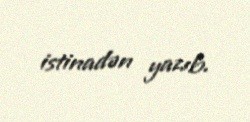
istinadən yazıb.